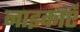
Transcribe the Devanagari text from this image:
नाइकाएँ